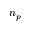
n _ { p }